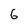
Character: 6